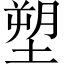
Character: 塑